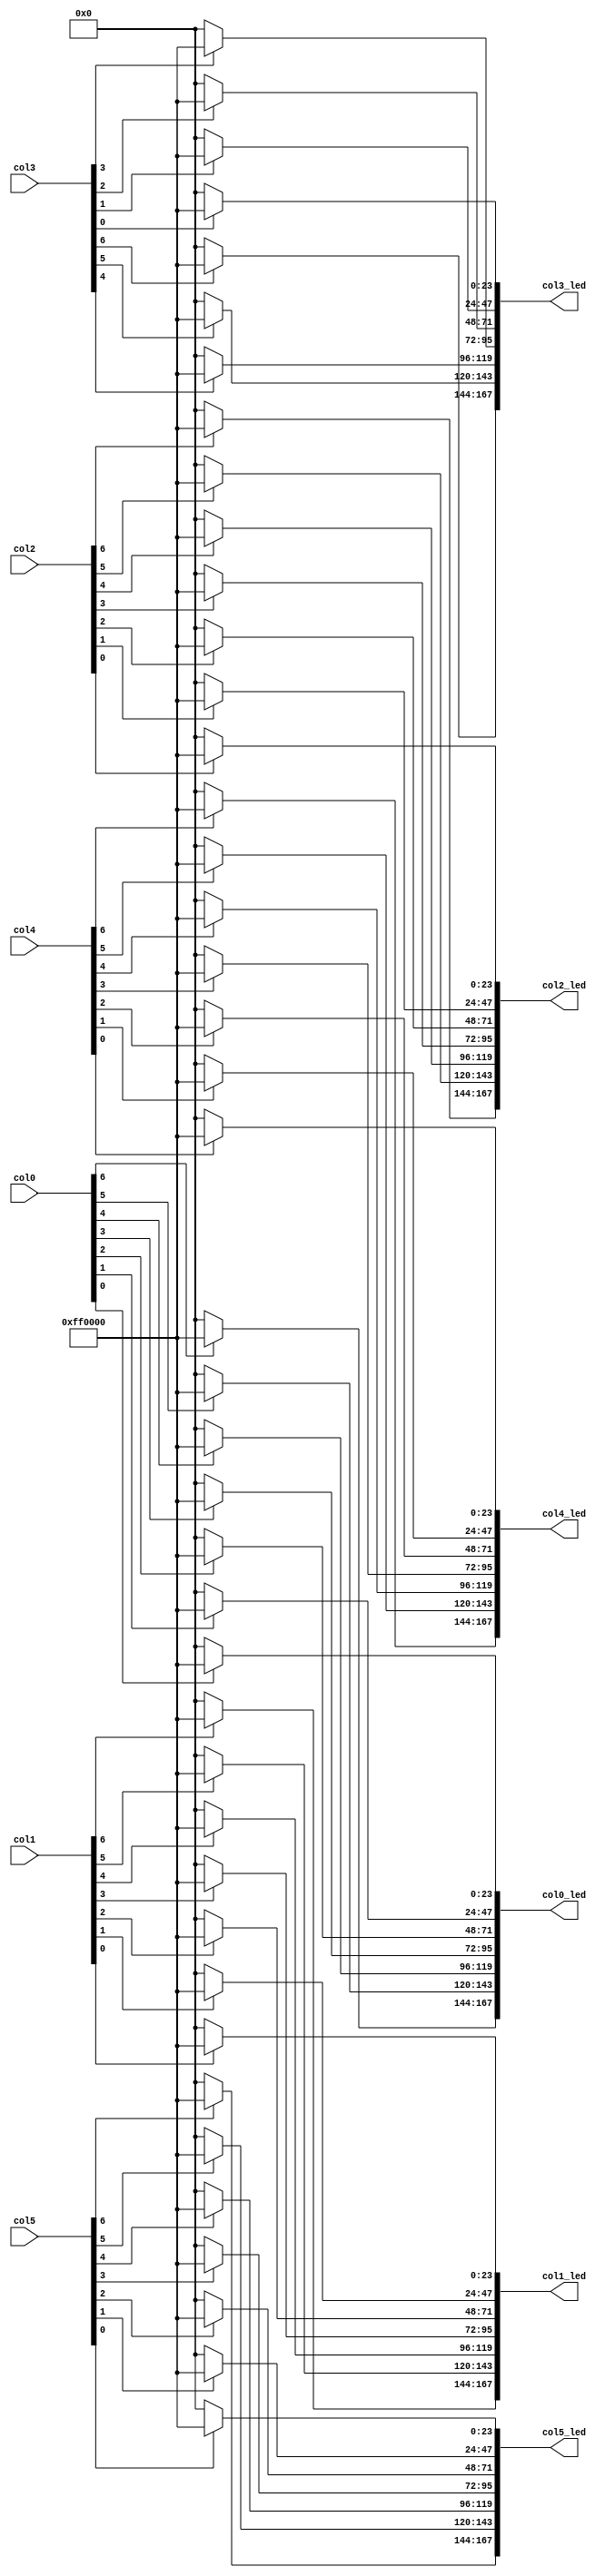
/*
   This file was generated automatically by Alchitry Labs version 1.2.1.
   Do not edit this file directly. Instead edit the original Lucid source.
   This is a temporary file and any changes made to it will be destroyed.
*/

module initialise_col_LED_6 (
    input [15:0] col0,
    input [15:0] col1,
    input [15:0] col2,
    input [15:0] col3,
    input [15:0] col4,
    input [15:0] col5,
    output reg [167:0] col0_led,
    output reg [167:0] col1_led,
    output reg [167:0] col2_led,
    output reg [167:0] col3_led,
    output reg [167:0] col4_led,
    output reg [167:0] col5_led
  );
  
  
  
  integer i;
  
  always @* begin
    col0_led = 168'h000000000000000000000000000000000000000000;
    col1_led = 168'h000000000000000000000000000000000000000000;
    col2_led = 168'h000000000000000000000000000000000000000000;
    col3_led = 168'h000000000000000000000000000000000000000000;
    col4_led = 168'h000000000000000000000000000000000000000000;
    col5_led = 168'h000000000000000000000000000000000000000000;
    for (i = 1'h0; i < 3'h7; i = i + 1) begin
      if (col0[(i)*1+0-:1] == 1'h1) begin
        col0_led[(i)*24+23-:24] = 24'hff0000;
      end else begin
        col0_led[(i)*24+23-:24] = 24'h000000;
      end
    end
    for (i = 1'h0; i < 3'h7; i = i + 1) begin
      if (col1[(i)*1+0-:1] == 1'h1) begin
        col1_led[(i)*24+23-:24] = 24'hff0000;
      end else begin
        col1_led[(i)*24+23-:24] = 24'h000000;
      end
    end
    for (i = 1'h0; i < 3'h7; i = i + 1) begin
      if (col2[(i)*1+0-:1] == 1'h1) begin
        col2_led[(i)*24+23-:24] = 24'hff0000;
      end else begin
        col2_led[(i)*24+23-:24] = 24'h000000;
      end
    end
    for (i = 1'h0; i < 3'h7; i = i + 1) begin
      if (col3[(i)*1+0-:1] == 1'h1) begin
        col3_led[(i)*24+23-:24] = 24'hff0000;
      end else begin
        col3_led[(i)*24+23-:24] = 24'h000000;
      end
    end
    for (i = 1'h0; i < 3'h7; i = i + 1) begin
      if (col4[(i)*1+0-:1] == 1'h1) begin
        col4_led[(i)*24+23-:24] = 24'hff0000;
      end else begin
        col4_led[(i)*24+23-:24] = 24'h000000;
      end
    end
    for (i = 1'h0; i < 3'h7; i = i + 1) begin
      if (col5[(i)*1+0-:1] == 1'h1) begin
        col5_led[(i)*24+23-:24] = 24'hff0000;
      end else begin
        col5_led[(i)*24+23-:24] = 24'h000000;
      end
    end
  end
endmodule